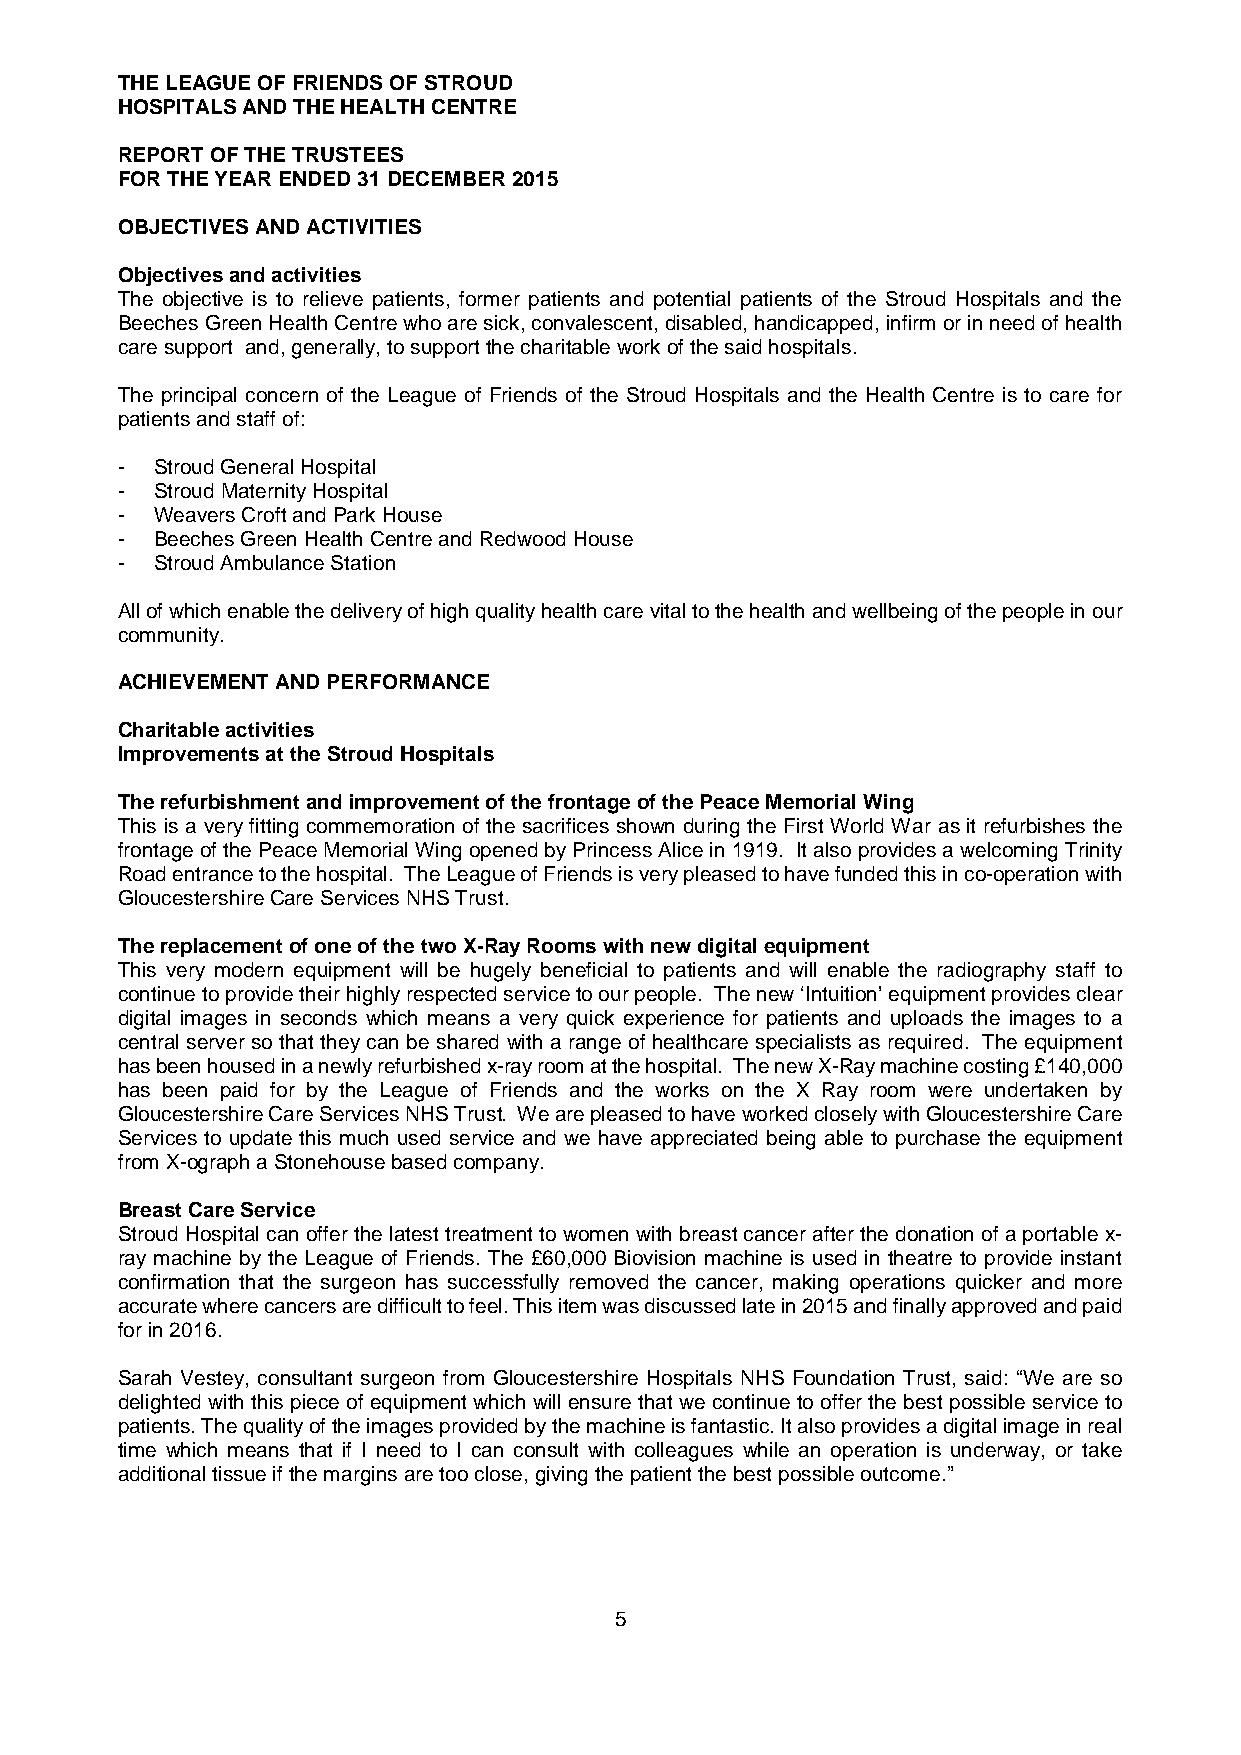
THE LEAGUE OF FRIENDS OF STROUD
 HOSPITALS AND THE HEALTH CENTRE
 REPORT OF THE TRUSTEES
 FOR THE YEAR ENDED 31DECEMBER2015
 OBJECTIVES AND ACTIVITIES
 Objectivesand activities
 The objective is to relieve patients, former patients and potential patients of the Stroud Hospitals and the
 Beeches Green Health Centre who are sick, convalescent, disabled, handicapped, infirm or in need of health
 care support and, generally, to support the charitable work of the said hospitals.
 The principal concern of the League of Friends of the Stroud Hospitals and the Health Centre is to care for
 patients and staff of:
 - Stroud General Hospital
 - Stroud Maternity Hospital
 - Weavers Croft and Park House
 - Beeches Green Health Centre and Redwood House
 - Stroud Ambulance Station
 All of which enable the delivery of high quality health care vital to the health and wellbeing of the people in our
 community.
 ACHIEVEMENT AND PERFORMANCE
 Charitable activities
 Improvements at the Stroud Hospitals
 The refurbishment and improvement of the frontage of the Peace Memorial Wing
 This is a very fitting commemoration of the sacrifices shown during the First World War as it refurbishes the
 frontage of the Peace Memorial Wing opened by Princess Alice in 1919. It also provides a welcoming Trinity
 Road entrance to the hospital. The League of Friends is very pleased to have funded this in co-operation with
 GloucestershireCare Services NHS Trust.
 The replacement of one of the two X-Ray Rooms with new digital equipment
 This very modern equipment will be hugely beneficial to patients and will enable the radiography staff to
 continue to provide their highly respected serviceto our people. The new ‘Intuition’ equipment provides clear
 digital images in seconds which means a very quick experience for patients and uploads the images to a
 central server so that they can be shared with a range of healthcare specialists as required. The equipment
 has been housed in a newly refurbished x-ray room at the hospital. The new X-Ray machine costing £140,000
 has been paid for by the League of Friends and the works on the X Ray room were undertaken by
 Gloucestershire Care Services NHS Trust. We are pleased to have worked closely with Gloucestershire Care
 Services to update this much used service and we have appreciated being able to purchase the equipment
 from X-ograph a Stonehouse based company.
 Breast Care Service
 Stroud Hospital can offer the latest treatment to women with breast cancer after the donation of a portable x-
 ray machine by the League of Friends. The £60,000 Biovision machine is used in theatre to provide instant
 confirmation that the surgeon has successfully removed the cancer, making operations quicker and more
 accurate where cancers are difficult to feel. This item was discussed late in 2015 and finally approved and paid
 for in 2016.
 Sarah Vestey, consultant surgeon from Gloucestershire Hospitals NHS Foundation Trust, said: “We are so
 delighted with this piece of equipment which will ensure that we continue to offer the best possible service to
 patients. The quality of the images provided by the machine is fantastic. It also provides a digital image in real
 time which means that if I need to I can consult with colleagues while an operation is underway, or take
 additional tissue if the margins are too close, giving the patient the best possible outcome.”
 5